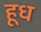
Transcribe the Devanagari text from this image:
हूध